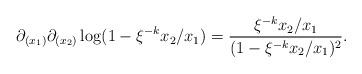
LaTeX: \begin{align*} \partial_{(x_1)}\partial_{(x_2)}\log(1-\xi^{-k}x_2/x_1)=\frac{\xi^{-k}x_2/x_1}{(1-\xi^{-k}x_2/x_1)^2}.\end{align*}